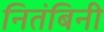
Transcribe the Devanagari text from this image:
नितंबिनी